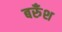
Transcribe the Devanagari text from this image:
बरुँश